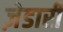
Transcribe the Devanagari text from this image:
ज़ेडारी